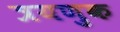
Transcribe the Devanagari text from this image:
त्रयणुक